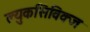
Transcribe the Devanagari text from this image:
ल्युकसिविक्ज